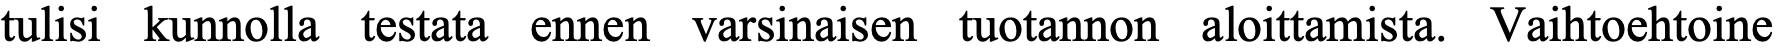
tulisi kunnolla testata ennen varsinaisen tuotannon aloittamista. Vaihtoehtoine